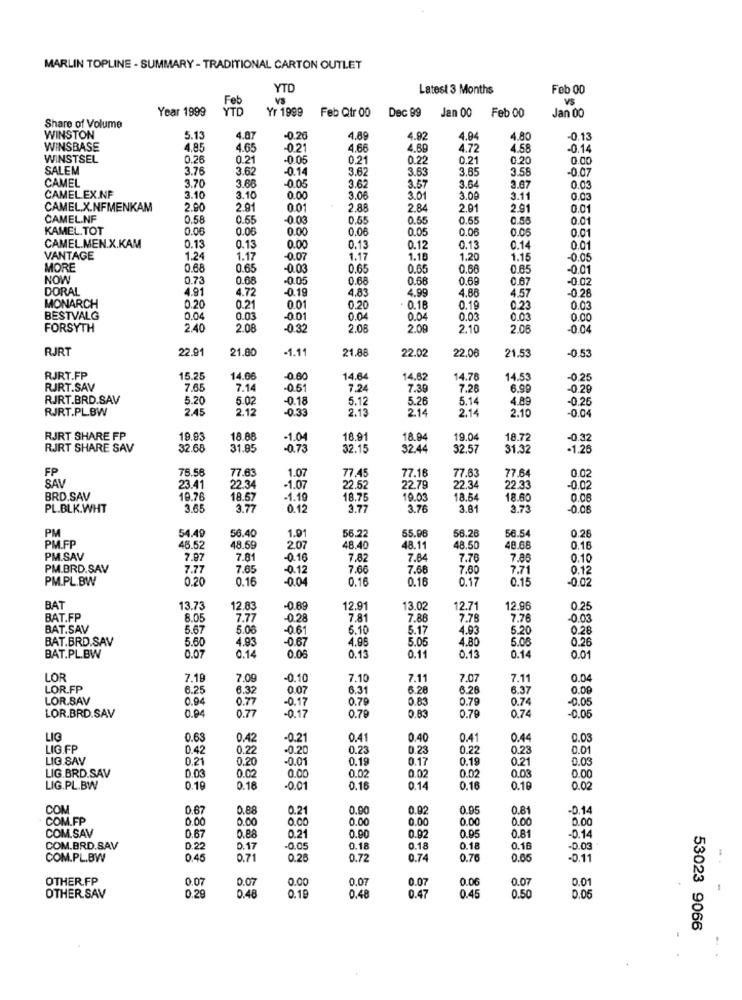
MARLIN TOPLINE - SUMMARY - TRADITIONAL CARTON OUTLET
YTO
Latest 3 Months
Feb 00
Feb
VS
VS
Year 1999
YTD
Yr 1999
Feb Qtr 00
Dec 99
Jan 00
Jan 00
Feb 00
Share of Volume
WINSTON
5.13
4.87
-0.20
4.89
4.92
4.94
4.80
-0.13
WINSBASE
4.85
4.65
021
4.66
4.69
4.72
4.58
-0.14
WINSTSEL
0.26
0.21
-0 05
0.21
0.22
0.21
0.20
0.00
SALEM
3.76
3.62
-0.14
3.62
3.63
3.65
3.58
-0.0
CAMEL
3.68
3.70
-0.05
3.6
3.57
3.64
3.67
0.03
CAMEL.EX.NF
3.10
3.10
0.00
3.00
3.01
3.00
3.11
0.03
CAMEL.X.NFMENKAM
2.90
2.91
0.01
2.88
2.84
2.01
2.91
0.01
CAMEL.NF
0.58
0.55
-0.03
0.55
0.55
0.55
0.55
0.01
KAMEL.TOT
0.06
0.00
0.00
0.0€
0.05
0.06
0.00
0.01
CAMEL.MEN.X.KAM
0.13
0.13
0.00
0.13
0.12
0.13
0.14
0.01
VANTAGE
1.24
1.17
-0.07
1.17
1.18
1.20
1.15
-0.05
MORE
0.68
0.65
-0.03
0.65
0.65
0.68
0.65
-0 01
NOW
0.73
0.68
-0.05
0.68
0.68
0.69
0.67
-0.02
DORAL
4.91
4.72
-0.19
4.83
4.99
4.86
4.57
-0 28
MONARCH
0.20
0.21
0.01
0.20
. 0.18
0.19
0.23
0.03
BESTVALG
0.04
0.03
-0.01
0.04
0.04
0.03
0.03
0.00
FORSYTH
2.40
2.08
-0.32
2.08
2.0
2.10
2.08
-0.0
RJRT
22.9
21.80
-1.11
21.88
22.02
22.06
21.53
-0.53
RJRT.FP
15.25
14.06
-0.60
14.64
14.62
14.78
14.53
-0.25
RJRT.SAV
7.65
7.14
-0.51
7,24
7.39
7.26
6.9
-0.29
RJRT.BRD.SAV
5.20
5.02
-0.18
5.12
5.26
5.14
4.89
-0.25
RJRT.PL.BW
2.45
2.12
-0.33
2.13
2.14
2.14
2.10
-0.0
RJRT SHARE FP
19.93
18.88
-1.04
18.91
18.94
19.0
18.72
-0.32
RJRT SHARE SAV
32.68
31.85
-0.73
32.15
32.44
32.57
31.32
-1.25
FP
78.56
1.07
SAV
77.63
77.45
7.16
77.63
77.64
0.02
23.41
22.34
-1.07
22.52
22.79
22.34
22.33
-0.02
BRD.SAV
19.76
18.57
-1.19
18.75
19.03
18.54
18.60
0.06
PL.BLK.WHT
3.65
3.77
0.15
3.77
3.76
3.81
2.73
-0.06
PM
54.49
56.40
1.91
56.22
55.96
56.2
56.54
0.28
PMFP
48.52
48.59
2.07
48.40
48.11
48.5
48.68
0.16
PM.SAV
7.97
7.81
-0.16
7.82
7.84
7.76
7.85
0.10
PM.BRD.SAV
7.77
7.65
-0.12
7.66
7.68
7.60
7.71
0.12
PM.PL.BW
0.20
0.16
-0.04
0.16
0.16
0.17
0.15
-0.02
BAT
13.73
12.83
-0.89
12.91
13.02
12.71
12.95
0.25
BAT.FP
8.05
7.77
-0.28
7.81
7.86
7.78
7.76
0.03
BAT.SAV
5.67
5.06
-0.61
5.10
5.17
4.93
5.20
0.28
BAT.BRD.SAV
5.60
4.93
-0.67
4.95
5.05
4.80
5.08
0.26
BAT.PL.BW
0.07
0.14
0.08
0.13
0.11
0.13
0.14
0.01
LOR
7.19
7.09
-0.10
7.10
7.11
7.07
7.11
0.04
LOR.FP
6.25
6.32
0.07
6.31
6.28
6.28
6.37
0.00
LOR.SAV
0.94
0.77
-0.17
0.79
0.83
0.79
0.74
-0.05
0.77
LOR.BRD.SAV
0.94
-0.17
0.79
0.83
0.79
0.74
-0.05
LIG
0.63
0.42
-0.21
0.41
0.40
0.41
0.44
0.03
LIG.FP
0.42
0.2
-0.20
0.23
0.23
0.22
0.23
0.01
LIG.SAV
0.21
0.20
-0.01
0.19
0.17
0.19
0.21
0.03
0.02
0.02
LIG.BRD.SAV
0.03
0.00
0.02
0.02
0.03
0.00
LIG.PL.BW
0.19
0.18
-0.01
0.16
0.14
0.16
0.19
0.02
COM
0.67
0.88
0.21
0.90
0.92
0.95
0.81
-0.14
COM.FP
0.00
0.00
0.00
0.00
0.00
0.00
0.00
0.00
0.95
0.81
COM.SAV
0.67
0.88
0.21
0.90
0.92
-0.14
COM.BRD.SAV
D.22
0.17
-0.05
0.18
0.18
0.18
0.16
-0.03
COM.PL.BW
0.45
0.71
0.26
0.72
0.74
0.76
0.00
-0.11
OTHER.FP
0.07
0.07
0.00
0.07
0.07
0.06
0.07
0.01
0.29
0.19
0.45
OTHER.SAV
0.48
0.48
0.47
0.50
0.05
53023 9066